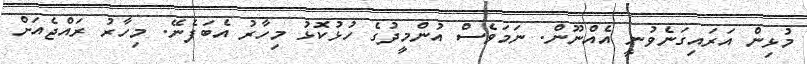
މުޅިން އަރައިގަނެވުނީ އެއްނޫން. ނަމަވެސް އުންމީދުގެ ހުޅުކޮޅު މިހާރު އެބަފެނޭ. މިހާރު ރައްޖެއަށް